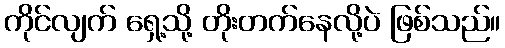
ကိုင်လျက် ရှေ့သို့ တိုးတက်နေလို့ပဲ ဖြစ်သည်။